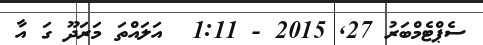
ސެޕްޓެމްބަރު 27